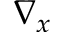
\nabla _ { x }